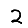
Digit: 2